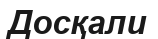
Досқали